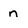
Character: n